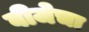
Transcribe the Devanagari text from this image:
वीजेचा